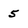
Character: 5